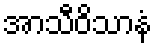
အာသီဝိသာနံ